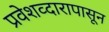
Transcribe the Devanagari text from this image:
प्रवेशव्दारापासून